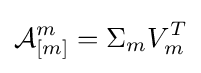
{\mathcal {A}}_{[m]}^{m}=\Sigma _{m}V_{m}^{T}